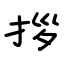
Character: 拶